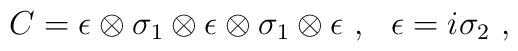
C =  \epsilon \otimes \sigma_1      \otimes \epsilon \otimes \sigma_1 \otimes \epsilon ~,~~ \epsilon = i \sigma_2 ~,